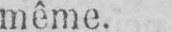
même.